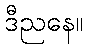
ဒီညနေ။